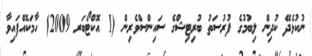
ނުކުޅެދޭ ކުދިން ލިބުމުގެ ފުރުސަތު ބުރިޓިޝްގެ ސައިންސްވެރިން (1 އޮކްޓޯބަރ 2009) ހާމަކޮއްފައިވާ